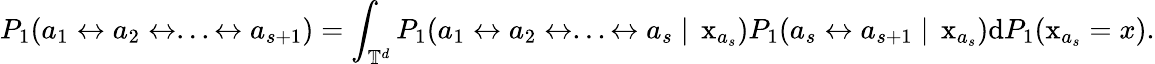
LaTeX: P_{1}(a_{1}\leftrightarrow a_{2}\leftrightarrow...\leftrightarrow a_{s+1})=\int_{\mathbb{T}^{d}}P_{1}(a_{1}\leftrightarrow a_{2}\leftrightarrow...\leftrightarrow a_{s}\; |\; \operatorname{x}_{a_{s}})P_{1}(a_{s}\leftrightarrow a_{s+1}\; |\; \operatorname{x}_{a_{s}})\mathrm{d}P_{1}(\operatorname{x}_{a_{s}}=x).